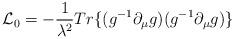
LaTeX: \begin{align*}{\cal L}_{0}=-\frac{1}{\lambda ^{2}}Tr\{(g^{-1}\partial _{\mu}g)(g^{-1}\partial _{\mu }g)\} \end{align*}